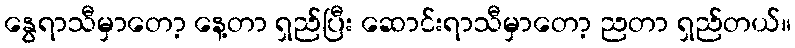
နွေရာသီမှာတော့ နေ့တာ ရှည်ပြီး ဆောင်းရာသီမှာတော့ ညတာ ရှည်တယ်။